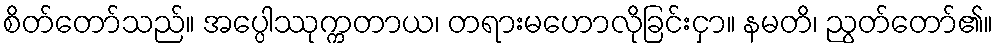
စိတ်တော်သည်။ အပ္ပေါဿုက္ကတာယ၊ တရားမဟောလိုခြင်းငှာ။ နမတိ၊ ညွတ်တော်၏။